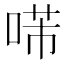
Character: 𠸔